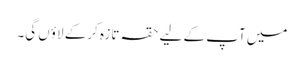
میں آپ کے لیے حقہ تازہ کرکے لاؤں گی۔